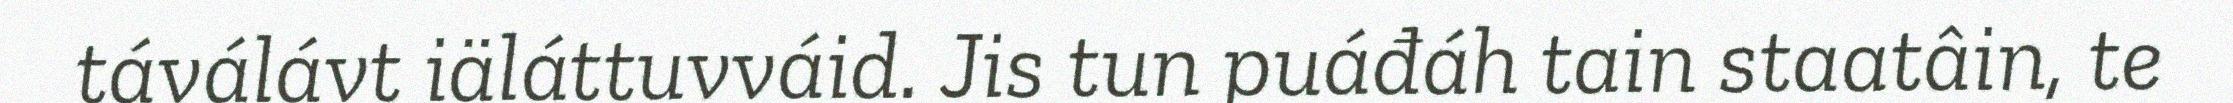
táválávt iäláttuvváid. Jis tun puáđáh tain staatâin, te